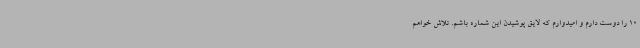
10 را دوست دارم و امیدوارم که لایق پوشیدن این شماره باشم. تلاش خواهم